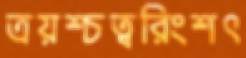
ত্রয়শ্চত্বরিংশৎ